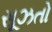
સૂઝતો